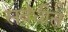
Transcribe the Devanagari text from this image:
सबंधीत